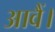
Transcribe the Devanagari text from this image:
आवैं।